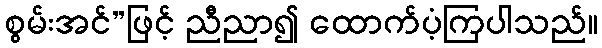
စွမ်းအင်”ဖြင့် ညီညာ၍ ထောက်ပံ့ကြပါသည်။